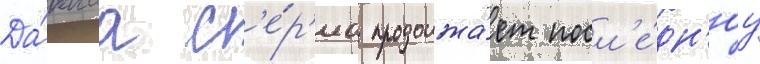
Да́ннаа с'е́р'иа продолжа́ет посл'е́дн'юу